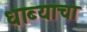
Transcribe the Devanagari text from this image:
धाब्याचा